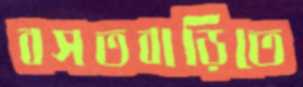
বসতবাড়িতে